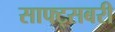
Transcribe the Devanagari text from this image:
साफ्ट्सबरी